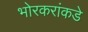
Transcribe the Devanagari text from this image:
भोरकरांकडे